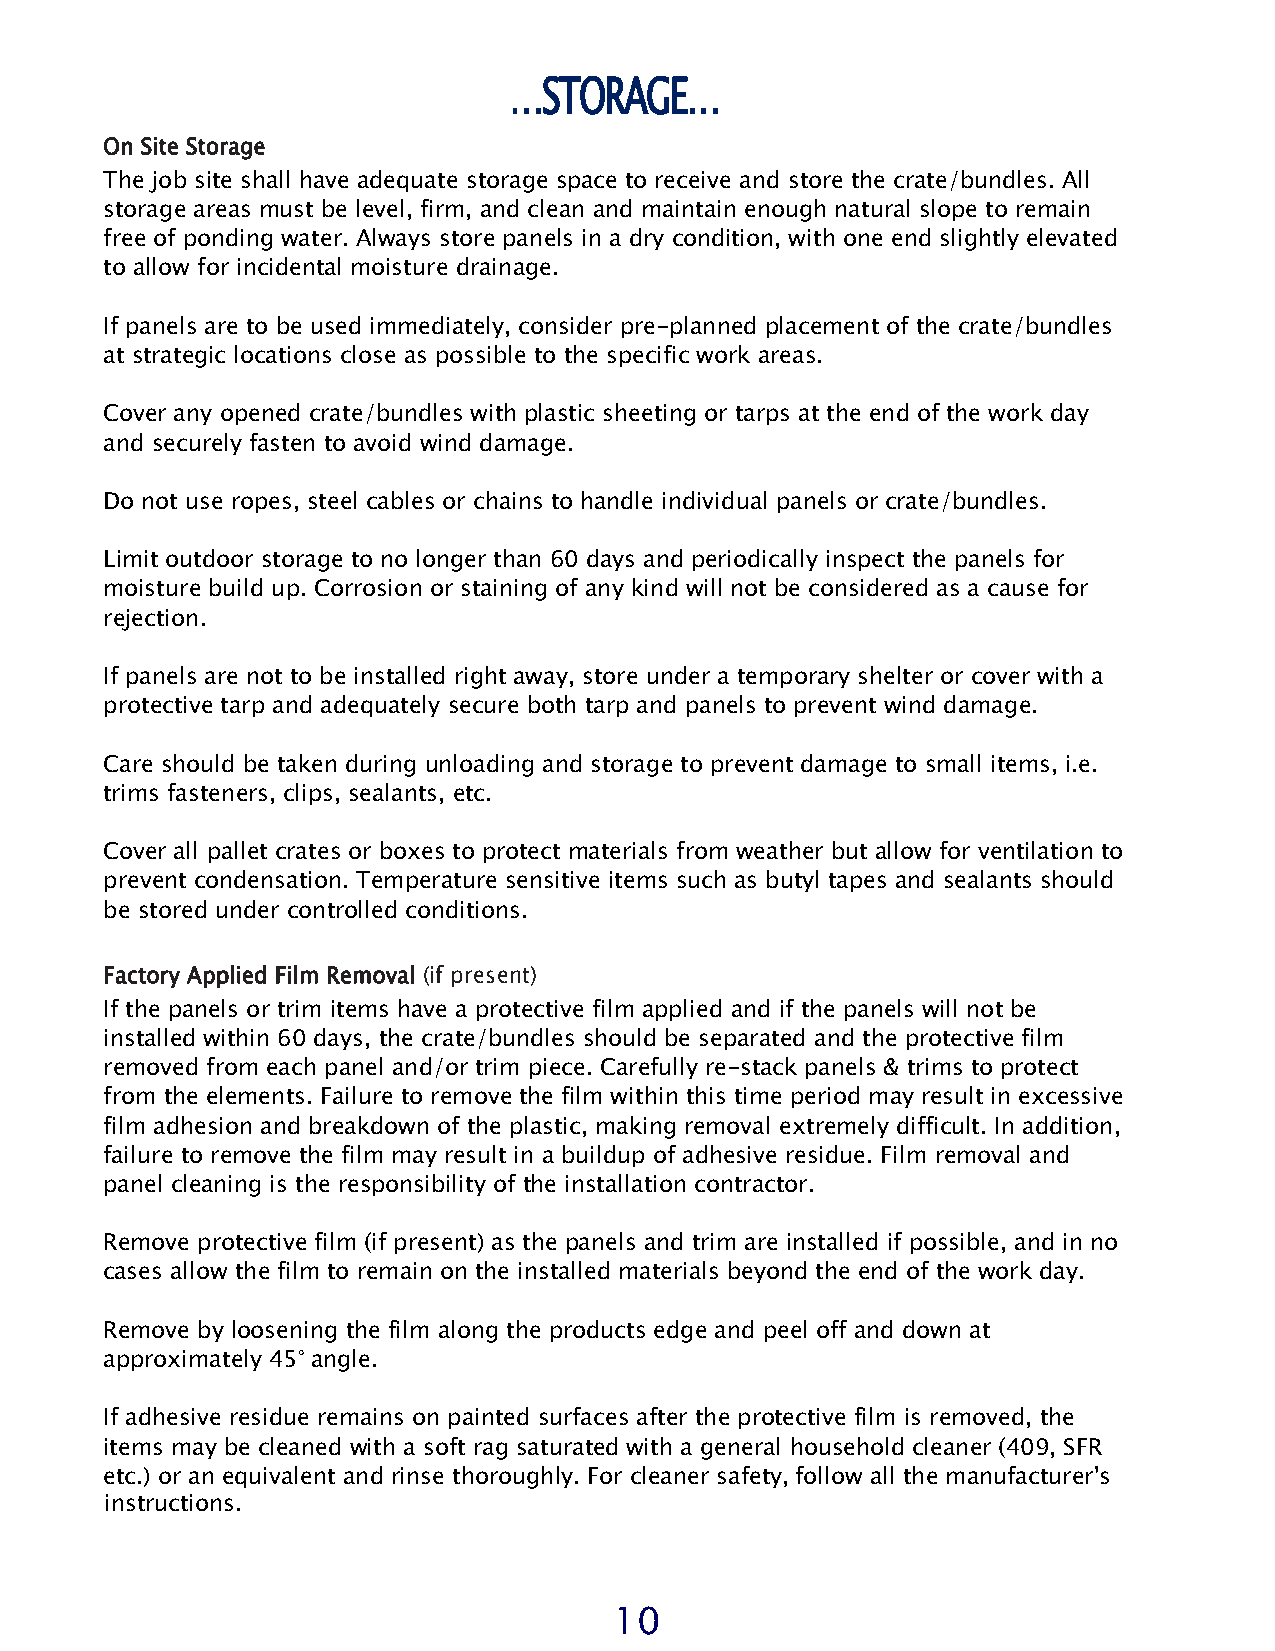
…STORAGE…
 On Site Storage
 The job site shall have adequate storage space to receive and store the crate/bundles. All
 storage areas must be level, firm, and clean and maintain enough natural slope to remain
 free of ponding water. Always store panels in a dry condition, with one end slightly elevated
 to allow for incidental moisture drainage.
 If panels are to be used immediately, consider pre-planned placement of the crate/bundles
 at strategic locations close as possible to the specific work areas.
 Cover any opened crate/bundles with plastic sheeting or tarps at the end of the work day
 and securely fasten to avoid wind damage.
 Do not use ropes, steel cables or chains to handle individual panels or crate/bundles.
 Limit outdoor storage to no longer than 60 days and periodically inspect the panels for
 moisture build up. Corrosion or staining of any kind will not be considered as a cause for
 rejection.
 If panels are not to be installed right away, store under a temporary shelter or cover with a
 protective tarp and adequately secure both tarp and panels to prevent wind damage.
 Care should be taken during unloading and storage to prevent damage to small items, i.e.
 trims fasteners, clips, sealants, etc.
 Cover all pallet crates or boxes to protect materials from weather but allow for ventilation to
 prevent condensation. Temperature sensitive items such as butyl tapes and sealants should
 be stored under controlled conditions.
 Factory Applied Film Removal (if present)
 If the panels or trim items have a protective film applied and if the panels will not be
 installed within 60 days, the crate/bundles should be separated and the protective film
 removed from each panel and/or trim piece. Carefully re-stack panels & trims to protect
 from the elements. Failure to remove the film within this time period may result in excessive
 film adhesion and breakdown of the plastic, making removal extremely difficult. In addition,
 failure to remove the film may result in a buildup of adhesive residue. Film removal and
 panel cleaning is the responsibility of the installation contractor.
 Remove protective film (if present) as the panels and trim are installed if possible, and in no
 cases allow the film to remain on the installed materials beyond the end of the work day.
 Remove by loosening the film along the products edge and peel off and down at
 approximately 45° angle.
 If adhesive residue remains on painted surfaces after the protective film is removed, the
 items may be cleaned with a soft rag saturated with a general household cleaner (409, SFR
 etc.) or an equivalent and rinse thoroughly. For cleaner safety, follow all the manufacturer's
 instructions.
 10